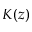
K ( z )